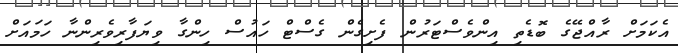
އެކަމަށް ރާއްޖޭގެ ބޮޑެތި އިންވެސްޓަރުން ފެށިގެން ގެސްޓް ހައުސް ހިންގާ ވިޔަފާރިވެރިންނާ ހަމައަށް